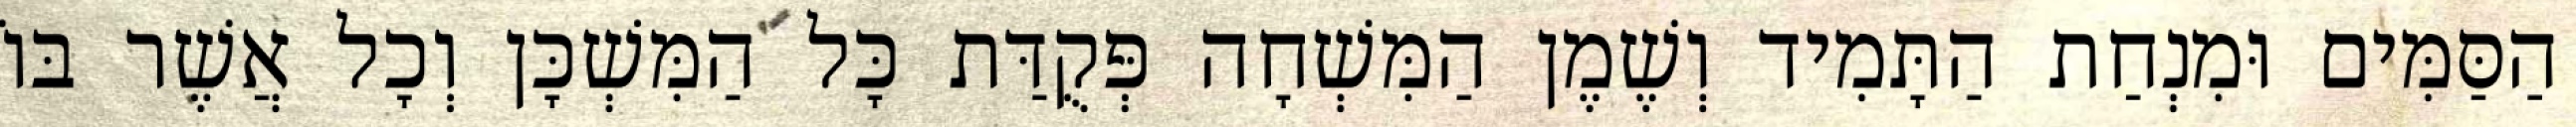
הַסַּמִּים וּמִנְחַת הַתָּמִיד וְשֶׁמֶן הַמִּשְׁחָה פְּקֻדַּת כָּל הַמִּשְׁכָּן וְכָל אֲשֶׁר בּוֹ